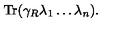
\mathrm { T r } ( \gamma _ { R } \lambda _ { 1 } \ldots \lambda _ { n } ) .